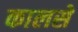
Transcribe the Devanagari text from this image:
कालसे